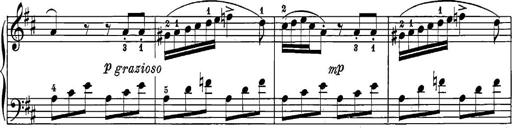
Title: 12 Sonatine per Pianoforte
Composer: Friedrich Kuhlau